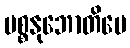
ပစ္စနုဘောတိပေ